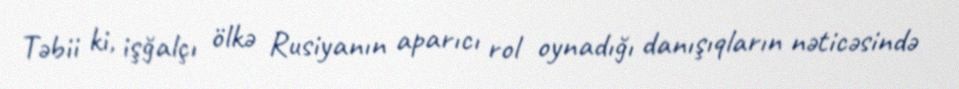
Təbii ki, işğalçı ölkə Rusiyanın aparıcı rol oynadığı danışıqların nəticəsində